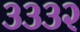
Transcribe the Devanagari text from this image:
३३३२